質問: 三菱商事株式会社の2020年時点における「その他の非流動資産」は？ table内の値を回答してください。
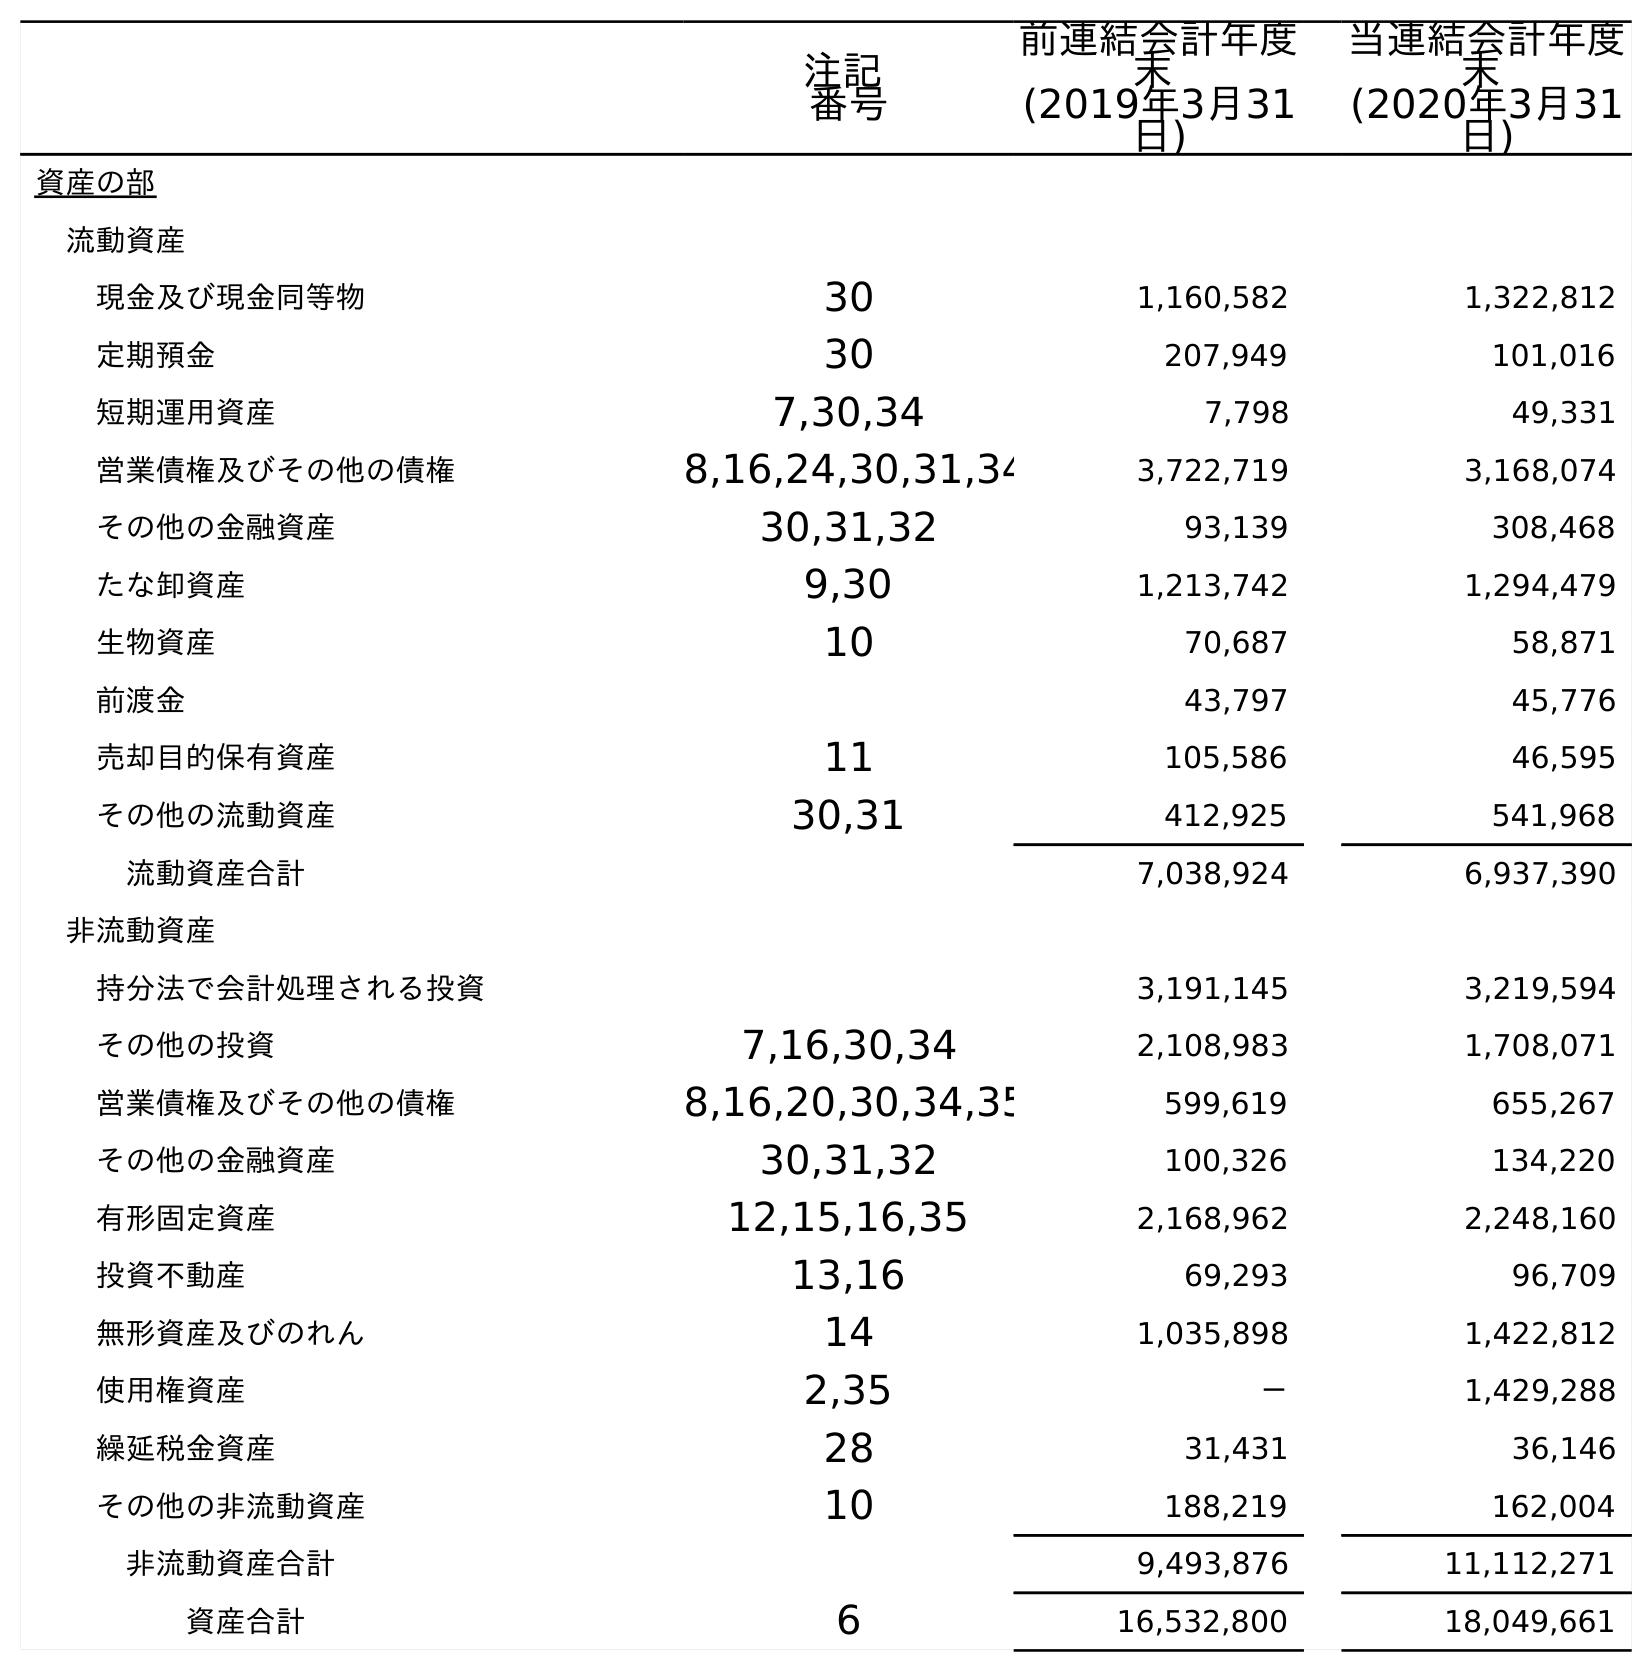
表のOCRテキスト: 注記 番号 前連結会計年度 末 (2019年3月31 日) 当連結会計年度 末 (2020年3月31 日) 資産の部 流動資産 現金及び現金同等物 30 1,160,582 1,322,812 定期預金 30 207,949 101,016 短期運用資産 7,30,34 7,798 49,331 営業債権及びその他の債権 8,16,24,30,31,34 3,722,719 3,168,074 その他の金融資産 30,31,32 93,139 308,468 たな卸資産 9,30 1,213,742 1,294,479 生物資産 10 70,687 58,871 前渡金 43,797 45,776 売却目的保有資産 11 105,586 46,595 その他の流動資産 30,31 412,925 541,968 流動資産合計 7,038,924 6,937,390 非流動資産 持分法で会計処理される投資 3,191,145 3,219,594 その他の投資 7,16,30,34 2,108,983 1,708,071 営業債権及びその他の債権 8,16,20,30,34,35 599,619 655,267 その他の金融資産 30,31,32 100,326 134,220 有形固定資産 12,15,16,35 2,168,962 2,248,160 投資不動産 13,16 69,293 96,709 無形資産及びのれん 14 1,035,898 1,422,812 使用権資産 2,35 － 1,429,288 繰延税金資産 28 31,431 36,146 その他の非流動資産 10 188,219 162,004 非流動資産合計 9,493,876 11,112,271 資産合計 6 16,532,800 18,049,661
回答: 162,004